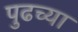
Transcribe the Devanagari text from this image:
पुढच्‍या